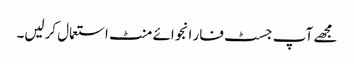
مجھے آپ جسٹ فار انجوائے منٹ استعمال کرلیں۔